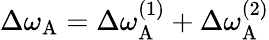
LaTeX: \Delta\omega_{\mathrm{A}}=\Delta\omega_{\mathrm{A}}^{(1)}+\Delta\omega_{\mathrm{A}}^{(2)}